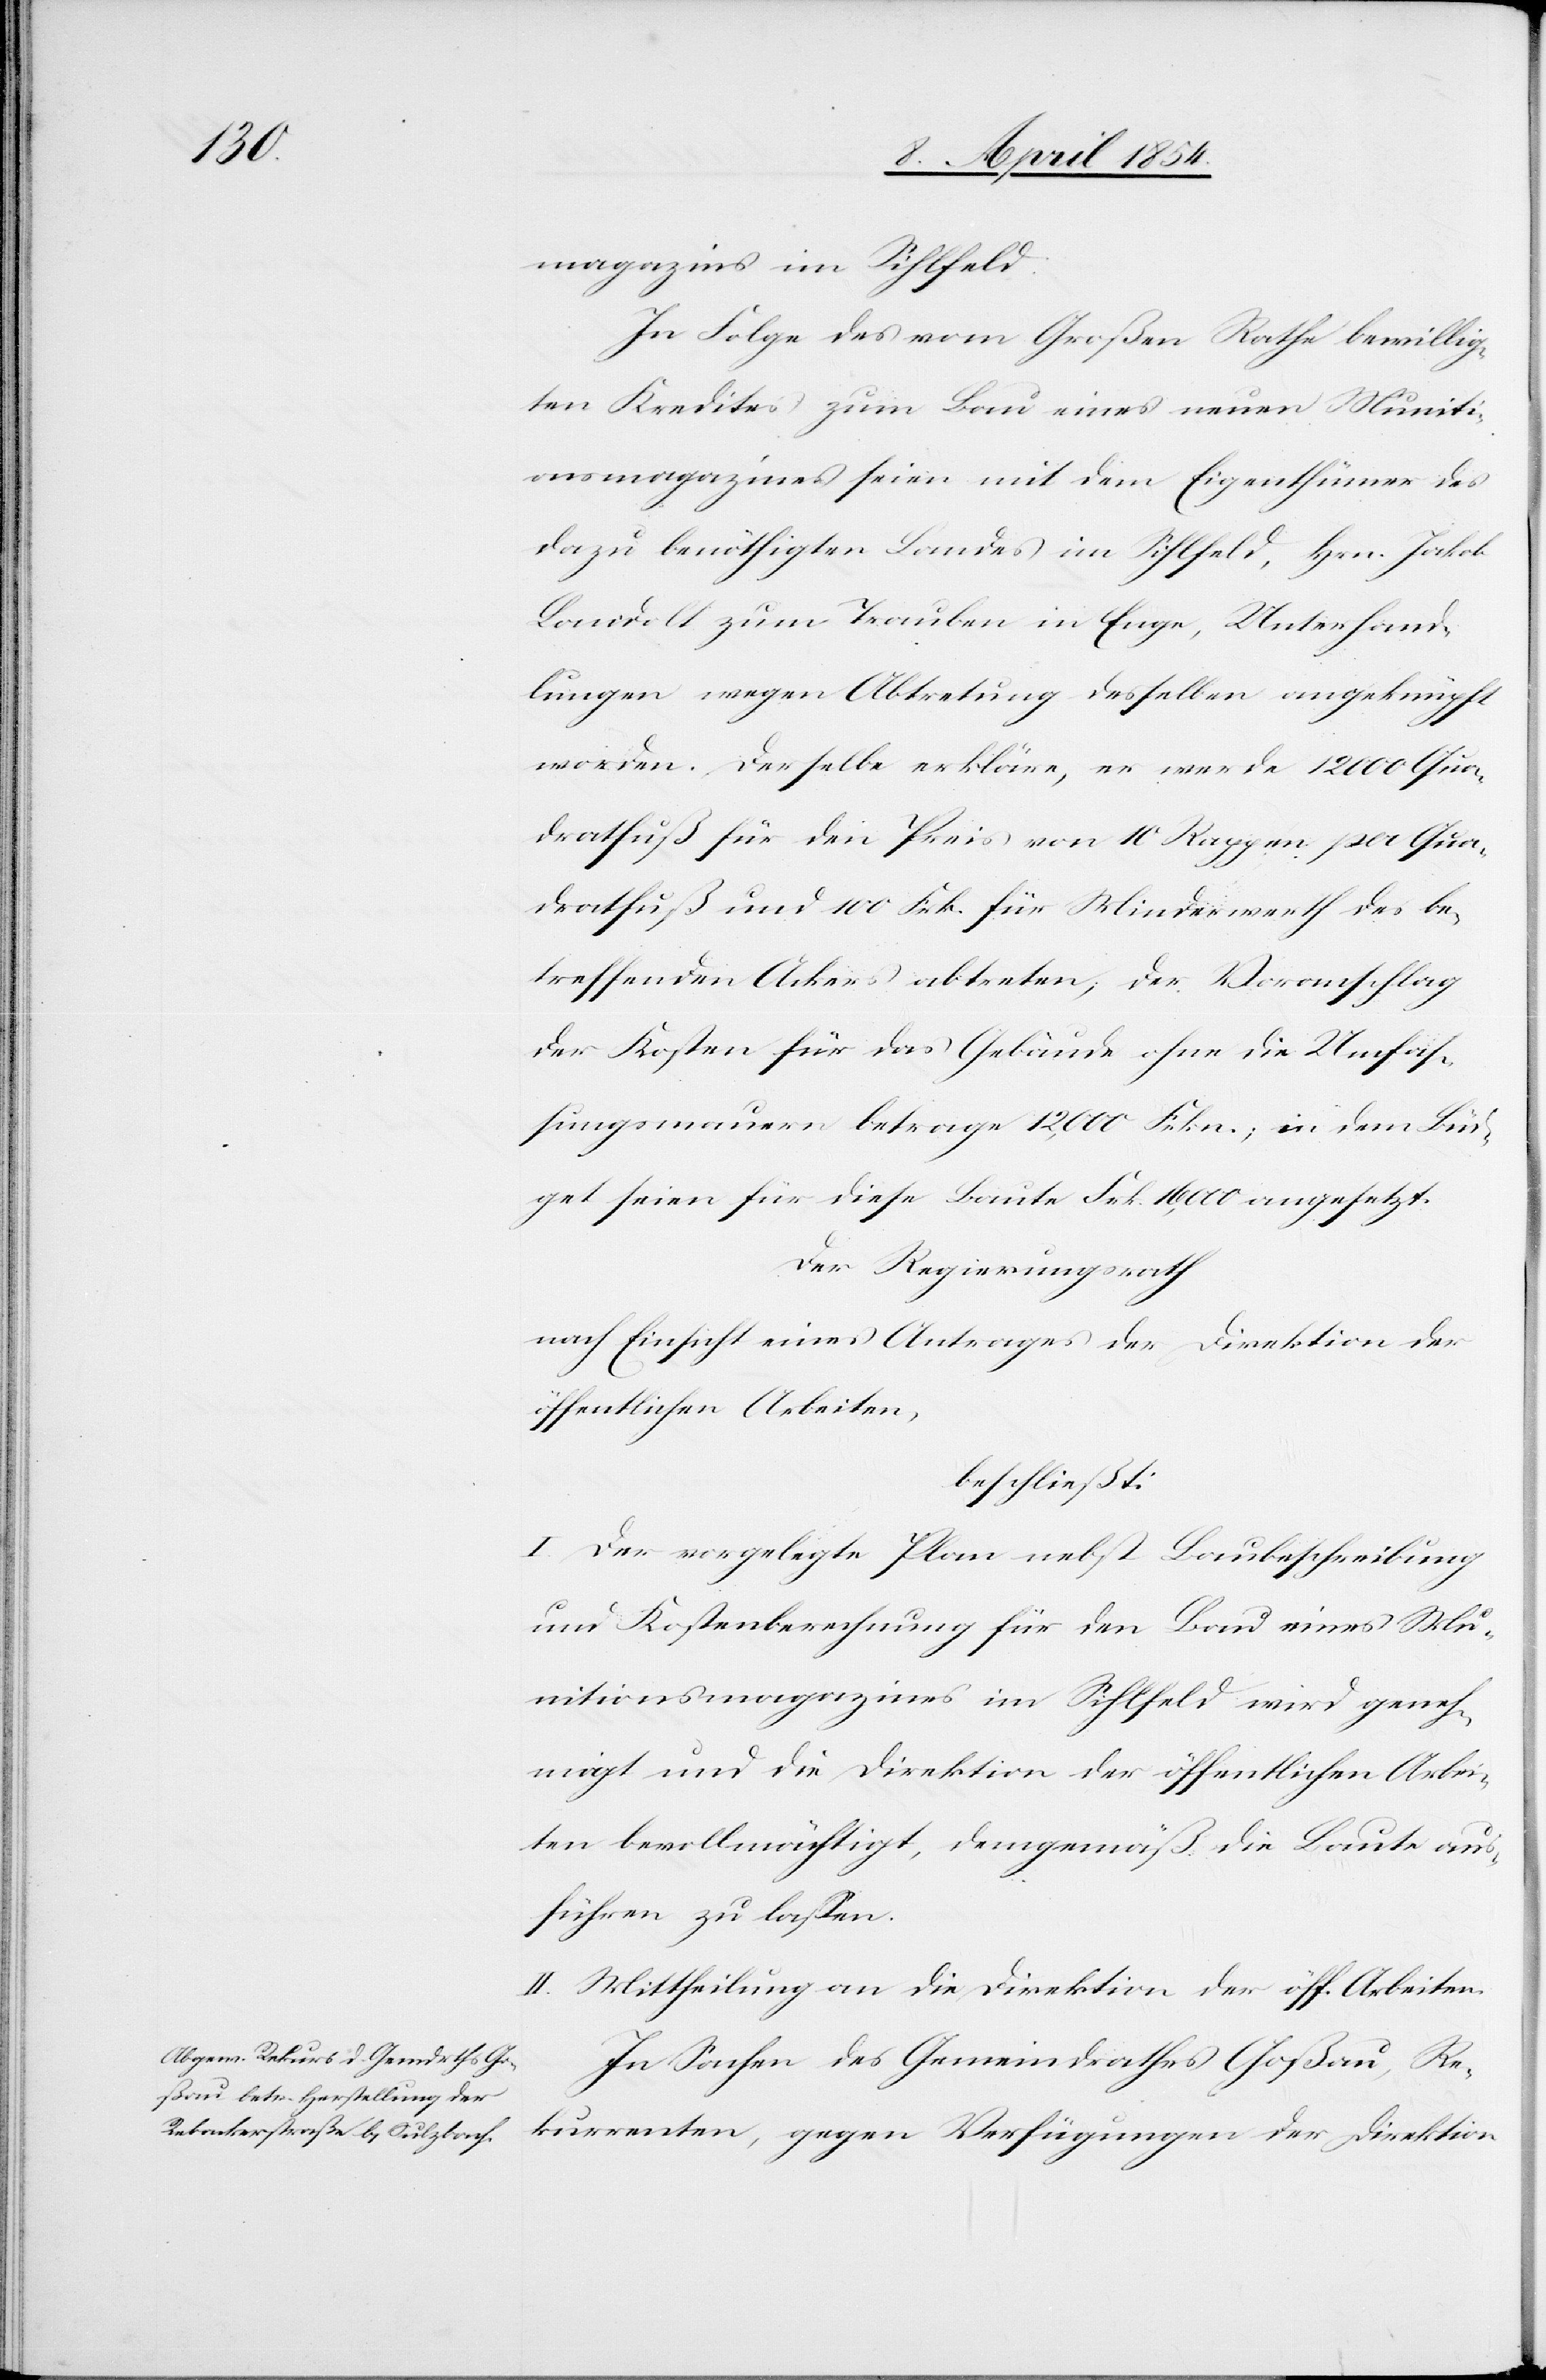
magazins im Sihlfeld.
In Folge des vom Großen Rathe bewillig¬
ten Kredites zum Bau eines neuen Muniti¬
onsmagazines seien mit dem Eigenthümer des
dazu benöthigten Landes im Sihlfeld, Hrn. Jakob
Landolt zum Trauben in Enge, Unterhand¬
lungen wegen Abtretung desselben angeknüpft
worden. Derselbe erkläre, er werde 12 000 Qua¬
dratfuß für den Preis von 10 Rappen per Qua¬
dratfuß und 100 Frk. für Minderwerth des be¬
treffenden Ackers abtreten; der Voranschlag
der Kosten für das Gebäude ohne die Umfas¬
sungsmauern betrage 12,000 Frkn.; in dem Büd¬
get seien für diese Baute Frk. 16 000 angesetzt.
Der Regierungsrath
nach Einsicht eines Antrages der Direktion der
öffentlichen Arbeiten,
beschließt:
I. Der vorgelegte Plan nebst Baubeschreibung
und Kostenberechnung für den Bau eines Mu¬
nitionsmagazines im Sihlfeld wird geneh¬
migt und die Direktion der öffentlichen Arbei¬
ten bevollmächtigt, demgemäß die Baute aus¬
führen zu laßen.
II. Mittheilung an die Direktion der öffentlichen
In Sachen des Gemeindrathes Goßau, Re¬
kurrenten, gegen Verfügungen der Direktion